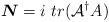
LaTeX: \begin{align*}\mbox{\boldmath$N$}=i~tr({\cal{A}}^\dag A)\end{align*}